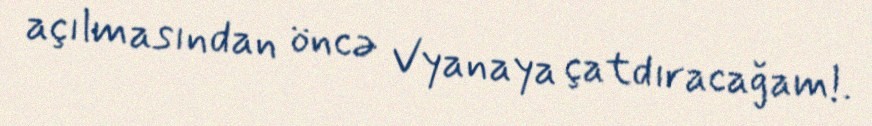
açılmasından öncə Vyanaya çatdıracağam!.